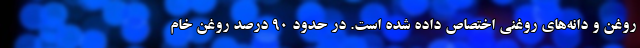
روغن و دانه‌های روغنی اختصاص داده شده است. در حدود 90 درصد روغن خام